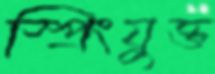
স্প্রিংযুক্ত